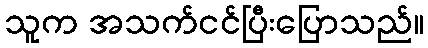
သူက အသက်ငင်ပြီးပြောသည်။